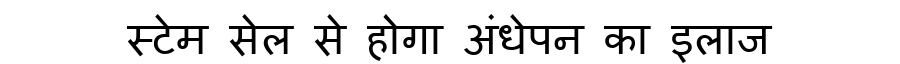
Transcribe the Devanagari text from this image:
स्टेम सेल से होगा अंधेपन का इलाज